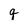
Character: q